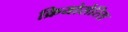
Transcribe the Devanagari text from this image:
क्रियोसेरिस